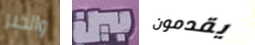
والخبر بين يقدمون